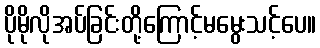
ပိုမိုလိုအပ်ခြင်းတို့ကြောင့်မမွေးသင့်ပေ။